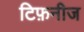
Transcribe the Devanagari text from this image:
टिफ़नीज